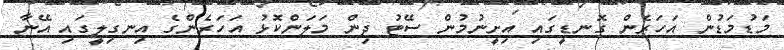
މަޑުމަޑުން އަހަރެން ގޮނޑީގައި އިށީނުމުން ސޭޓު ދިން މަލަންކޮޅު އަހަރެންގެ އިނގިލީގައި އޭނާ